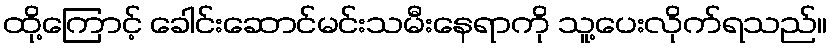
ထို့ကြောင့် ခေါင်းဆောင်မင်းသမီးနေရာကို သူ့ပေးလိုက်ရသည်။